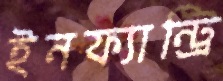
ইনফ্যান্ট্রি